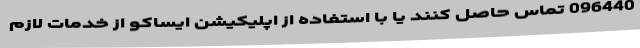
096440 تماس حاصل کنند یا با استفاده از اپلیکیشن ایساکو از خدمات لازم